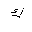
Letter: _kaf